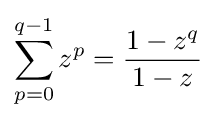
\sum _{p=0}^{q-1}z^{p}={\frac {1-z^{q}}{1-z}}